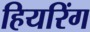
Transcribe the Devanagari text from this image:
हियरिंग